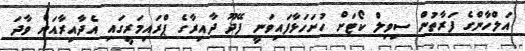
އަލްހާންގެ ފަރާތުން ސިވިލް ކޯޓަށް ހުށަހަޅާފައިވަނީ ފޭދޫ ދާއިރާގެ ޕްރައިމަރީގައި އެދާއިރާއަށް ވާދަ